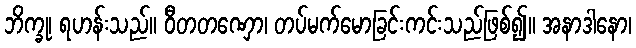
ဘိက္ခု၊ ရဟန်းသည်။ ဝီတတဏှော၊ တပ်မက်မောခြင်းကင်းသည်ဖြစ်၍။ အနာဒါနော၊